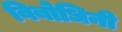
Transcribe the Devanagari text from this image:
विबोधिनी